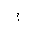
Letter: _mim